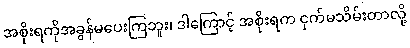
အစိုးရကိုအခွန်မပေးကြဘူး၊ ဒါကြောင့် အစိုးရက ငှက်မသိမ်းတာလို့